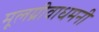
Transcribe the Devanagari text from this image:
मूलग्रीवाधमनी